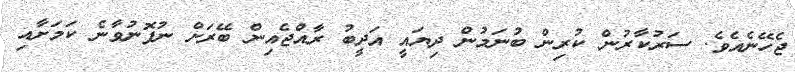
ޖެހޭނެއެވެ. ސަރުކާރުން ކުރިން ބުނަމުން ދިޔައީ އަދީބު ރާއްޖެއިން ބޭރަށް ނުފޮނުވާނެ ކަމަށާއި